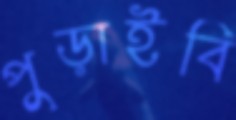
পুড়াইবি